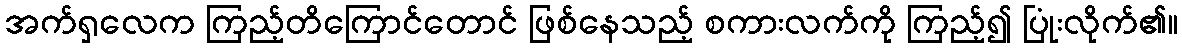
အက်ရှလေက ကြည့်တိကြောင်တောင် ဖြစ်နေသည့် စကားလက်ကို ကြည့်၍ ပြုံးလိုက်၏။